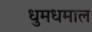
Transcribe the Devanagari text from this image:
धुमधमाल